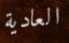
العادية